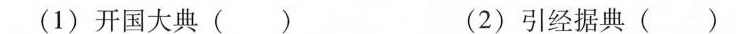
(1)开国大典() (2)引经据典()